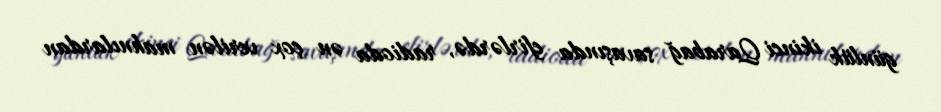
günlük ikinci Qarabağ savaşında efirlərdə, radioda ən çox verilən mahnılardan